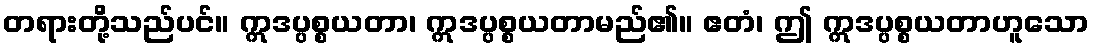
တရားတို့သည်ပင်။ ဣဒပ္ပစ္စယတာ၊ ဣဒပ္ပစ္စယတာမည်၏။ ဧတံ၊ ဤ ဣဒပ္ပစ္စယတာဟူသော